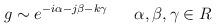
LaTeX: \begin{align*}g\sim e^{-i\alpha -j\beta-k\gamma} \ \ \ \ \ \alpha,\beta,\gamma \in R\end{align*}